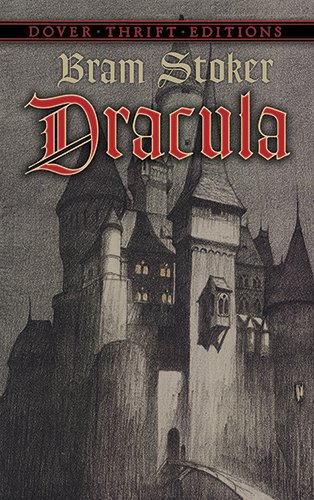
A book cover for Dracula; Bram Stoker; Mystery, Thriller & Suspense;